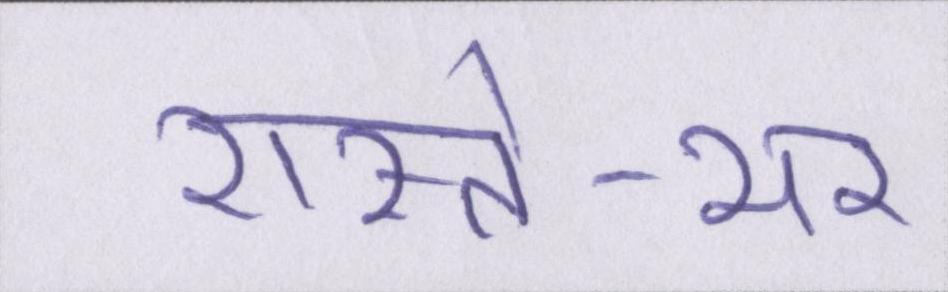
रास्ते-भर